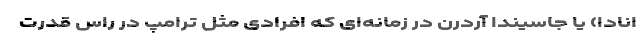
انادا) یا جاسیندا آردرن در زمانه‌ای که افرادی مثل ترامپ در راس قدرت